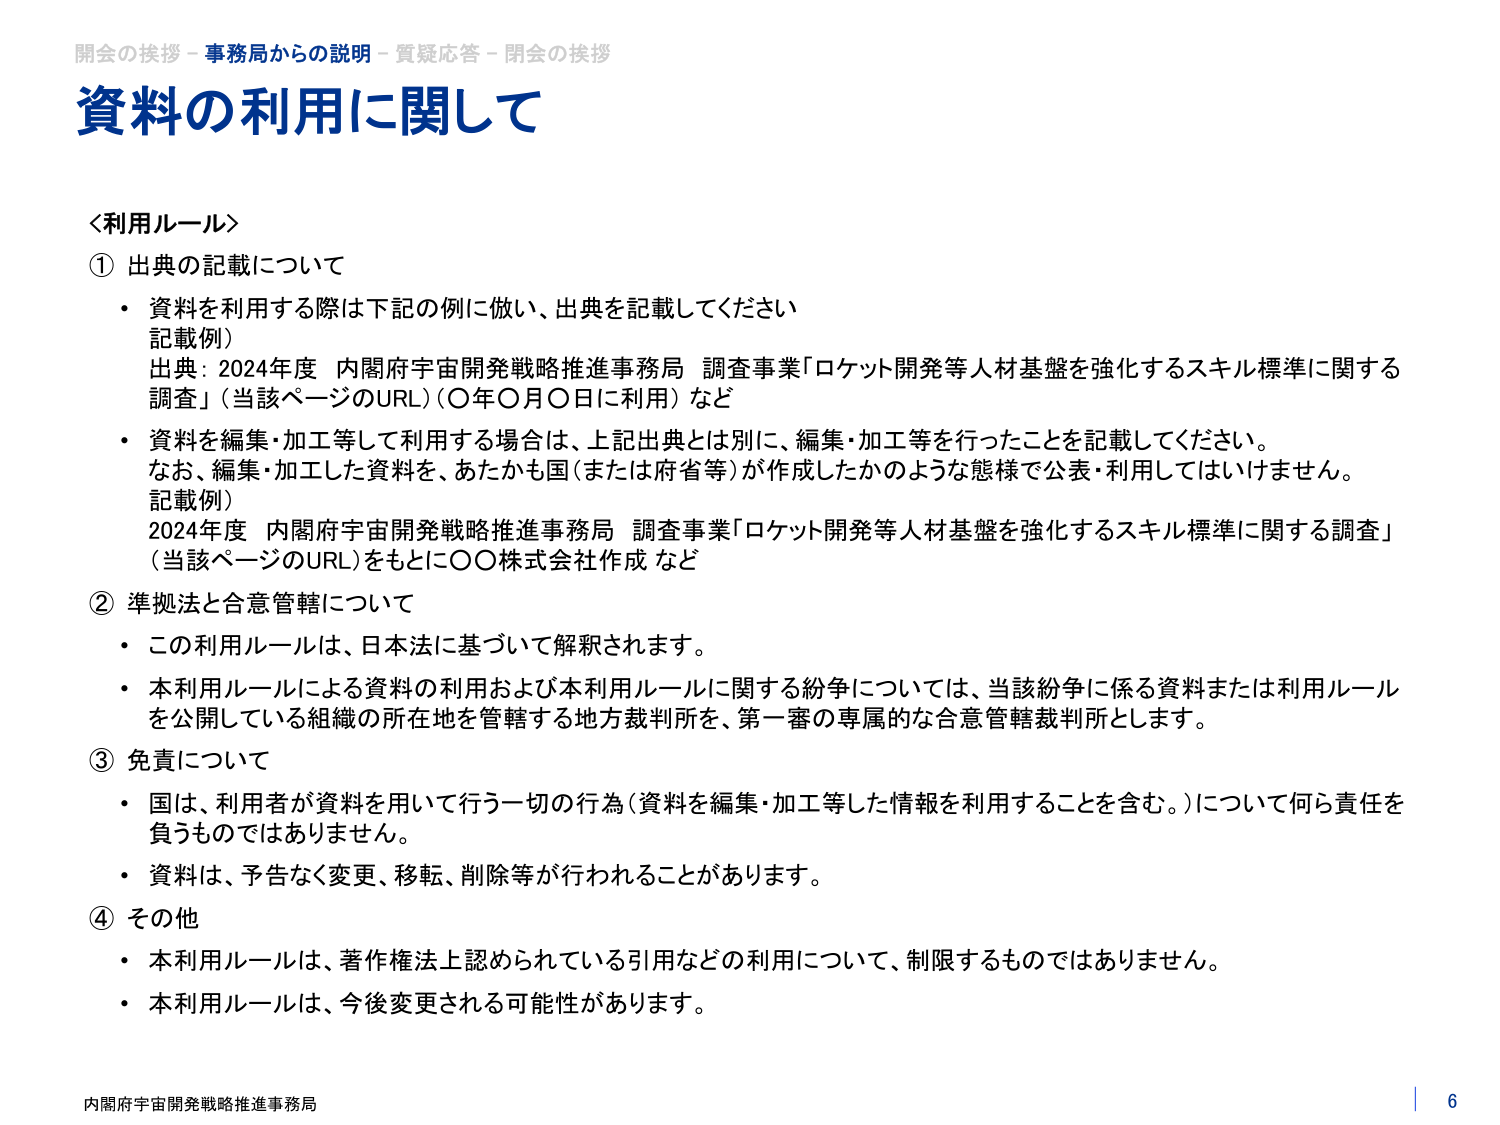
開会の挨拶 - 事務局からの説明 - 質疑応答 - 閉会の挨拶
資料の利用に関して

＜利用ルール＞
① 出典の記載について
・ 資料を利用する際は下記の例に倣い、出典を記載してください
　記載例）
　出典：2024年度 内閣府宇宙開発戦略推進事務局 調査事業「ロケット開発等人材基盤を強化するスキル標準に関する調査」（当該ページのURL）（〇年〇月〇日に利用）など
・ 資料を編集・加工等して利用する場合は、上記出典とは別に、編集・加工等を行ったことを記載してください。
　なお、編集・加工した資料を、あたかも国（または府省等）が作成したかのような態様で公表・利用してはいけません。
　記載例）
　2024年度 内閣府宇宙開発戦略推進事務局 調査事業「ロケット開発等人材基盤を強化するスキル標準に関する調査」（当該ページのURL）をもとに〇〇株式会社作成 など

② 準拠法と合意管轄について
・ この利用ルールは、日本法に基づいて解釈されます。
・ 本利用ルールによる資料の利用および本利用ルールに関する紛争については、当該紛争に係る資料または利用ルールを公開している組織の所在地を管轄する地方裁判所を、第一審の専属的な合意管轄裁判所とします。

③ 免責について
・ 国は、利用者が資料を用いて行う一切の行為（資料を編集・加工等した情報を利用することを含む。）について何ら責任を負うものではありません。
・ 資料は、予告なく変更、移転、削除等が行われることがあります。

④ その他
・ 本利用ルールは、著作権法上認められている引用などの利用について、制限するものではありません。
・ 本利用ルールは、今後変更される可能性があります。

内閣府宇宙開発戦略推進事務局
6